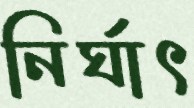
নির্ঘাৎ